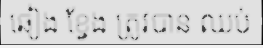
ឆៀង ខ្វែង ត្រូវបាន ឈប់